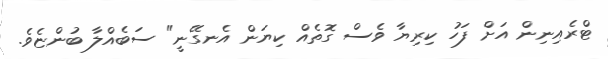
ޓްރެއިނިން އަށް ފަހު ކިރިޔާ ވެސް ގޮތެއް ކިޔަން އެނގޭނީ" ސަބެއްލާ ބުންޏެވެ.